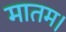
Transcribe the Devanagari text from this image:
मातम।